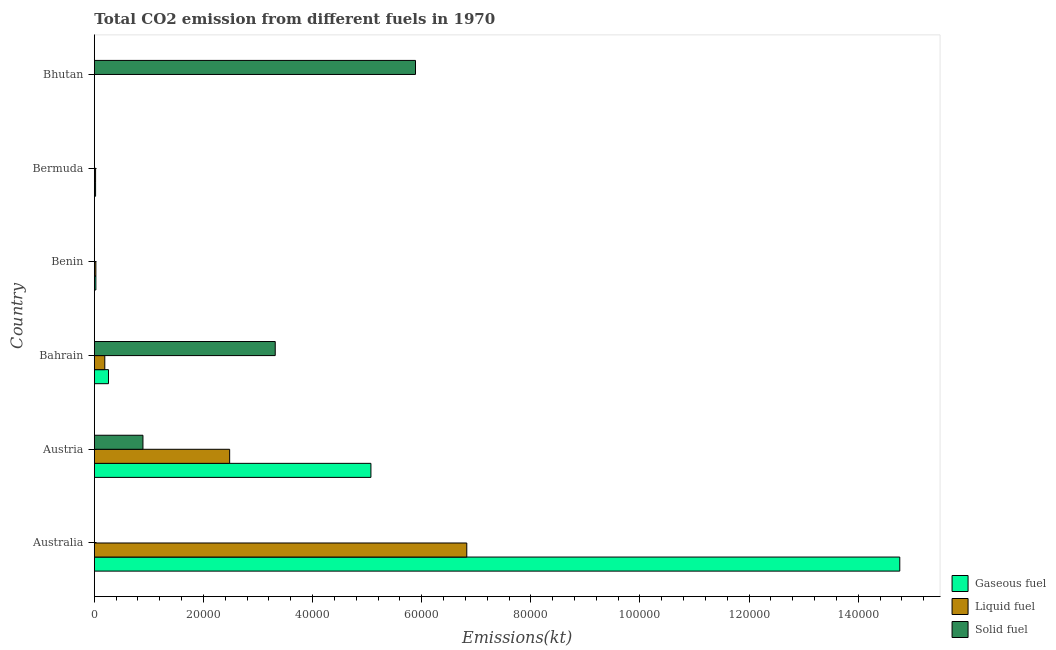
| Country | Gaseous fuel | Liquid fuel | Solid fuel |
 | --- | --- | --- | --- |
 | Australia | 1.48e+05 | 6.83e+04 | 3.67 |
 | Austria | 5.07e+04 | 2.48e+04 | 8.91e+03 |
 | Bahrain | 2.59e+03 | 1.92e+03 | 3.32e+04 |
 | Benin | 282 | 282 | 33 |
 | Bermuda | 227 | 227 | 3.67 |
 | Bhutan | 3.67 | 3.67 | 5.89e+04 |